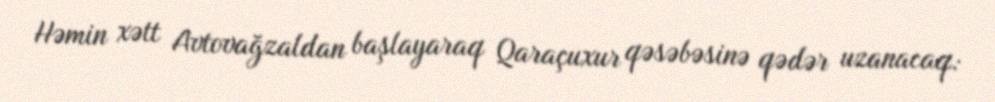
Həmin xətt Avtovağzaldan başlayaraq Qaraçuxur qəsəbəsinə qədər uzanacaq: